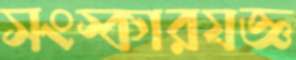
সংস্কারযজ্ঞ